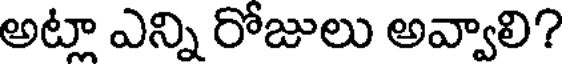
అట్లా ఎన్ని రోజులు అవ్వాలి?